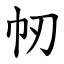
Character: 㠴